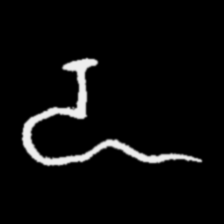
Pyu character \u2014 Myanmar letter: ဍ (romanized: dda)